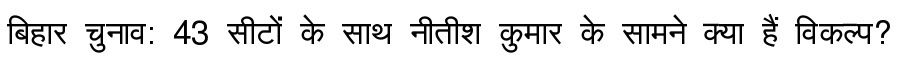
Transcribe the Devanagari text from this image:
बिहार चुनाव: 43 सीटों के साथ नीतीश कुमार के सामने क्या हैं विकल्प?